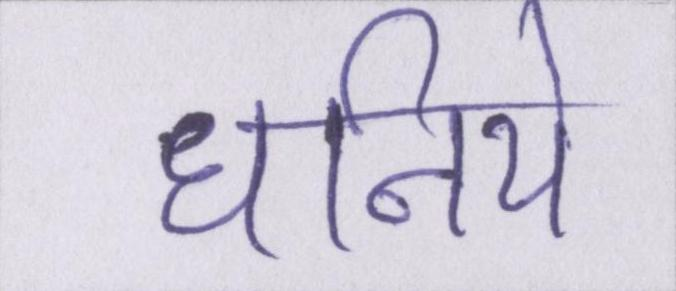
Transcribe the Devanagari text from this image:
धनिये